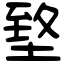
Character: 𡍶